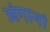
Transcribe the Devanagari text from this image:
अंगानां